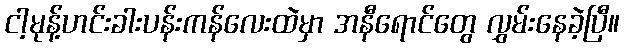
ငါ့မုန့်ဟင်းခါးပန်းကန်လေးထဲမှာ အနီရောင်တွေ လွှမ်းနေခဲ့ပြီ။